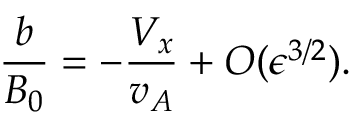
\frac { b } { B _ { 0 } } = - \frac { V _ { x } } { v _ { A } } + O ( \epsilon ^ { 3 / 2 } ) .